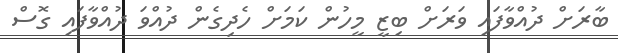
ބާރަށް ދުއްވާފައި ވަރަށް ބިޒީ މީހުން ކަމަށް ހެދިގެން ދުއްވަ ދުއްވާފައި ގޮސް